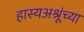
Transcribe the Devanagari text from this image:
हास्यअश्रूंच्या